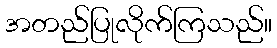
အတည်ပြုလိုက်ကြသည်။